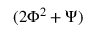
( 2 \Phi ^ { 2 } + \Psi )